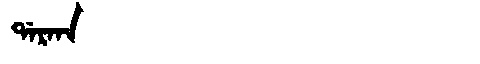
Manchu: ᡩᠠᡵᡴᠠ
Romanization: DARKA